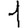
Digit: 1